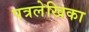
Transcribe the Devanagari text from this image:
पत्रलेखिका